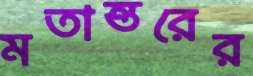
মতান্তরের